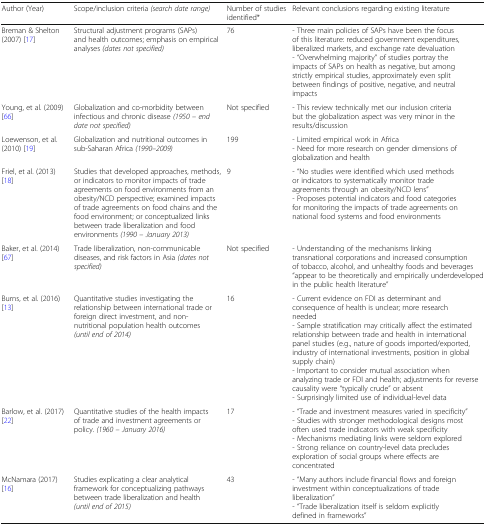
| Author (Year) | Scope/inclusion criteria (search date range) | Number of studies identified* | Relevant conclusions regarding existing literature |
 | --- | --- | --- | --- |
 | Breman & Shelton (2007) [17] | Structural adjustment programs (SAPs) and health outcomes; emphasis on empirical analyses (dates not specified) | 76 | - Three main policies of SAPs have been the focus of this literature: reduced government expenditures, liberalized markets, and exchange rate devaluation- “Overwhelming majority” of studies portray the impacts of SAPs on health as negative, but among strictly empirical studies, approximately even split between findings of positive, negative, and neutral impacts |
 | Young, et al. (2009) [66] | Globalization and co-morbidity between infectious and chronic disease (1950 – end date not specified) | Not specified | - This review technically met our inclusion criteria but the globalization aspect was very minor in the results/discussion |
 | Loewenson, et al. (2010) [19] | Globalization and nutritional outcomes in sub-Saharan Africa (1990–2009) | 199 | - Limited empirical work in Africa- Need for more research on gender dimensions of globalization and health |
 | Friel, et al. (2013) [18] | Studies that developed approaches, methods, or indicators to monitor impacts of trade agreements on food environments from an obesity/NCD perspective; examined impacts of trade agreements on food chains and the food environment; or conceptualized links between trade liberalization and food environments (1990 – January 2013) | 9 | - “No studies were identified which used methods or indicators to systematically monitor trade agreements through an obesity/NCD lens”- Proposes potential indicators and food categories for monitoring the impacts of trade agreements on national food systems and food environments |
 | Baker, et al. (2014) [67] | Trade liberalization, non-communicable diseases, and risk factors in Asia (dates not specified) | Not specified | - Understanding of the mechanisms linking transnational corporations and increased consumption of tobacco, alcohol, and unhealthy foods and beverages “appear to be theoretically and empirically underdeveloped in the public health literature” |
 | Burns, et al. (2016) [13] | Quantitative studies investigating the relationship between international trade or foreign direct investment, and non-nutritional population health outcomes (until end of 2014) | 16 | - Current evidence on FDI as determinant and consequence of health is unclear; more research needed- Sample stratification may critically affect the estimated relationship between trade and health in international panel studies (e.g., nature of goods imported/exported, industry of international investments, position in global supply chain)- Important to consider mutual association when analyzing trade or FDI and health; adjustments for reverse causality were “typically crude” or absent- Surprisingly limited use of individual-level data |
 | Barlow, et al. (2017) [22] | Quantitative studies of the health impacts of trade and investment agreements or policy. (1960 – January 2016) | 17 | - “Trade and investment measures varied in specificity”- Studies with stronger methodological designs most often used trade indicators with weak specificity- Mechanisms mediating links were seldom explored- Strong reliance on country-level data precludes exploration of social groups where effects are concentrated |
 | McNamara (2017) [16] | Studies explicating a clear analytical framework for conceptualizing pathways between trade liberalization and health (until end of 2015) | 43 | - “Many authors include financial flows and foreign investment within conceptualizations of trade liberalization”- “Trade liberalization itself is seldom explicitly defined in frameworks” |